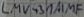
Text: LMV43AI1F